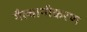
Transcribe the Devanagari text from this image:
गैल्वानीकरण